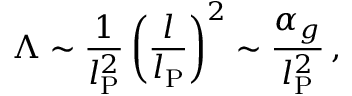
\Lambda \sim \frac { 1 } { l _ { \mathrm { P } } ^ { 2 } } \left( \frac { l } { l _ { \mathrm { P } } } \right) ^ { 2 } \sim \frac { \alpha _ { g } } { l _ { \mathrm { P } } ^ { 2 } } \, ,